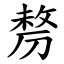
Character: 剺